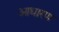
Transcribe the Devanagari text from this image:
आधारण